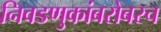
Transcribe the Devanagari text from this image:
निवडणुकांबरोबरच